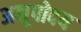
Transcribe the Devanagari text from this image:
अनूपोदय